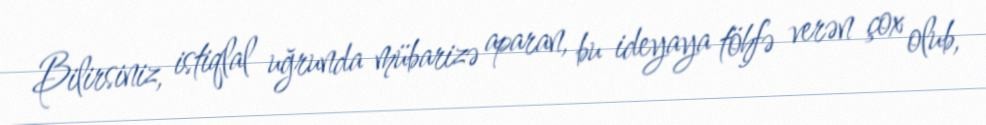
Bilirsiniz, istiqlal uğrunda mübarizə aparan, bu ideyaya töhfə verən çox olub,